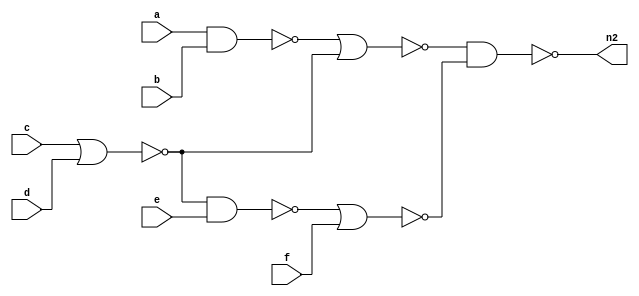
module top(...);
	(* $flowmap_level=1 *) input a;
	(* $flowmap_level=1 *) input b;
	(* $flowmap_level=2 *) input c;
	(* $flowmap_level=1 *) input d;
	(* $flowmap_level=3 *) input e;
	(* $flowmap_level=1 *) input f;
	wire u = !(a&b);
	wire w = !(c|d);
	wire v = !(u|w);
	wire n0 = !(w&e);
	wire n1 = !(n0|f);
	output n2 = !(v&n1);
endmodule